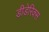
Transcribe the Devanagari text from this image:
डीडेरिक्स